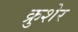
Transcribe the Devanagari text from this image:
क्रुशेर